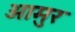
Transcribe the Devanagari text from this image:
आमुर